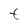
Character: t